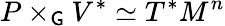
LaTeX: P\times_{\mathsf{G}}V^{*}\simeq T^{*}M^{n}